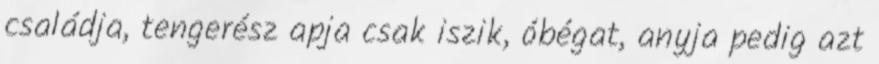
családja, tengerész apja csak iszik, óbégat, anyja pedig azt